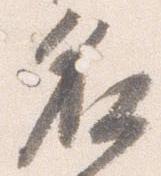
名